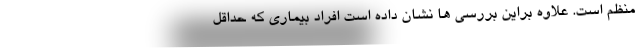
منظم است. علاوه براین بررسی ها نشان داده است افراد بیماری که حداقل